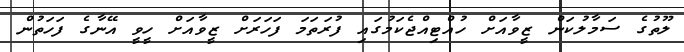
ލޫތުގެ ސަމާލުކަން ޒީވާއަށް ހުއްޓިއްޖެކަމުގައި ފުރަތަމަ ފަހަރަށް ޒީވާއަށް ހީވީ އޭނާގެ ފަހަތުން